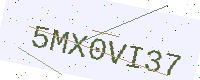
Text: 5MX0VI37